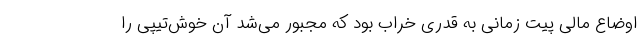
اوضاع مالی پیت زمانی به قدری خراب بود که مجبور می‌شد آن خوش‌تیپی را